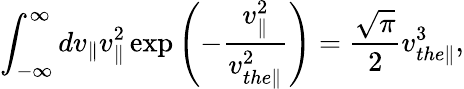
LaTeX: \int_{-\infty}^{\infty}dv_{\parallel}v_{\parallel}^{2}\exp\left(-\frac{v_{\parallel}^{2}}{v_{the\parallel}^{2}}\right)=\frac{\sqrt{\pi}}{2}v_{the\parallel}^{3},